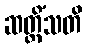
ဆတ္တိံသတိ